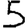
Digit: 5